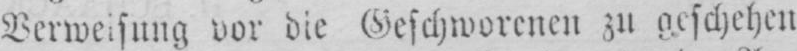
Verweisung vor die Geschworenen zu geschehen